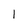
Character: 1